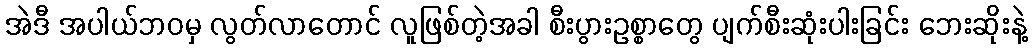
အဲဒီ အပါယ်ဘဝမှ လွတ်လာတောင် လူဖြစ်တဲ့အခါ စီးပွားဥစ္စာတွေ ပျက်စီးဆုံးပါးခြင်း ဘေးဆိုးနဲ့